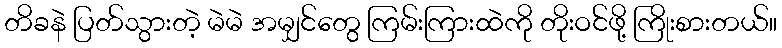
တိခနဲ ပြတ်သွားတဲ့ မဲမဲ အမျှင်တွေ ကြမ်းကြားထဲကို တိုးဝင်ဖို့ ကြိုးစားတယ်။